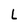
Character: L